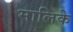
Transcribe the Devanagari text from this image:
मालिके